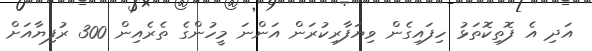
އަދި އެ ފޮތިކޮތަޅު ހިފައިގެން ވިޔަފާރިކުރަން އަންނަ މީހުންގެ ތެރެއިން 300 ރުފިޔާއަށް